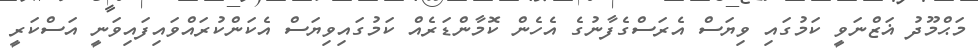
މަޙްމޫދު ޣަޒްނަވީ ކަމުގައި ވިޔަސް އެރަސްގެފާނުގެ އެހެން ކޮމާންޑަރެއް ކަމުގައިވިޔަސް އެކަންކުރައްވައިފައިވަނީ އަސްކަރީ